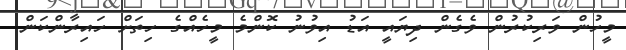
މީހުން ވަރިކުރުން ވެގެން ދިޔައީ އަޑު އިވުނު ކޮންމެ މީހެއްގެ ހިތަށް ހައިރާންކަން